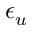
\epsilon _ { u }